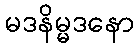
မဒနိမ္မဒနော